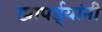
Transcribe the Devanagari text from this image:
खापर्ड्यांनी